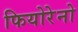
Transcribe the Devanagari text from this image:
फियोरेनो